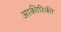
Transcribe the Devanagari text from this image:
आकीरिकी